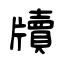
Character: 牘